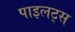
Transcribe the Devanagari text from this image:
पाइलट्स